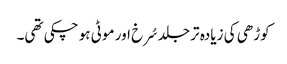
کوڑھی کی زیادہ تر جلد سُرخ اور موٹی ہو چکی تھی۔